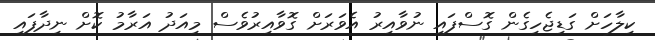
ކިލާހަށް ގަޑިޖެހިގެން ގޮސްފައި ނުވާއިރު އެވަރަށް ގޮވާއިރުވެސް މިއަދު އަރާމު ކޮށް ނިދާފައި